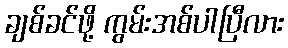
ချစ်ခင်ဖို့ ကွမ်းအစ်ပါပြီလား